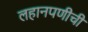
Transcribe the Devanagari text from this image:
लहानपणीची